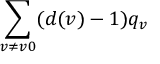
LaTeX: \sum _ { v \neq v 0 } ( d ( v ) - 1 ) q _ { v }